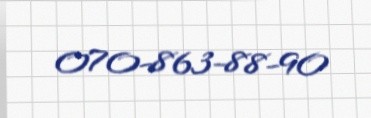
070-863-88-90